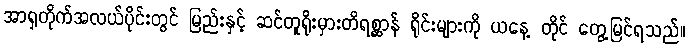
အာရှတိုက်အလယ်ပိုင်းတွင် မြည်းနှင့် ဆင်တူရိုးမှားတိရစ္ဆာန် ရိုင်းများကို ယနေ့ တိုင် တွေ့မြင်ရသည်။